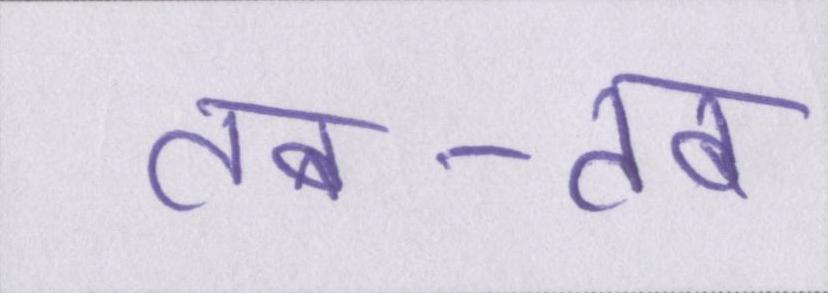
तब-तब